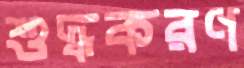
শুদ্ধকরণ